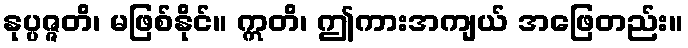
နုပ္ပဇ္ဇတိ၊ မဖြစ်နိုင်။ ဣတိ၊ ဤကားအကျယ် အဖြေတည်း။